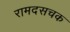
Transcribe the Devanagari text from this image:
रामदसचक